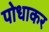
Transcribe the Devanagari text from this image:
पोधाकर